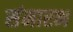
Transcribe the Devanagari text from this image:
संमारभ